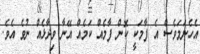
އެހެނަމަވެސް އެ ފާމަކީ ކޮން ފާމެއް ކަމެއް އޭނާ ވިދާޅެއް ނުވެ އެވެ.